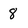
Character: 8